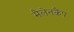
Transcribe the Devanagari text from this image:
मैलेनकैंप